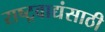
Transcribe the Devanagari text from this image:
राष्ट्रवाद्यंसाठी